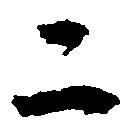
二